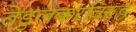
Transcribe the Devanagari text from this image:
तेंडुलकरविरुद्ध